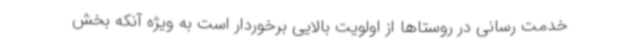
خدمت رسانی در روستاها از اولویت بالایی برخوردار است به ویژه آنکه بخش